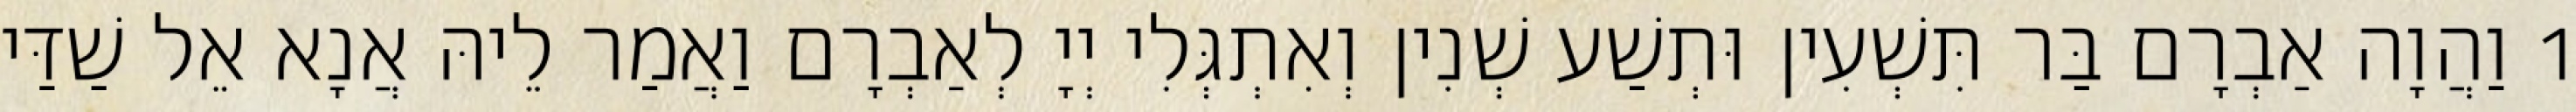
1 וַהֲוָה אַבְרָם בַּר תִּשְׁעִין וּתְשַׁע שְׁנִין וְאִתְגְּלִי יְיָ לְאַבְרָם וַאֲמַר לֵיהּ אֲנָא אֵל שַׁדַּי